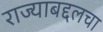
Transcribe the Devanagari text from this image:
राज्याबद्दलचा